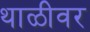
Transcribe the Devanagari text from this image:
थाळीवर